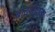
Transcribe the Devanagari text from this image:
बादशहावर